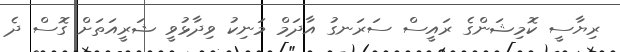
ރިޔާސީ ކޮމިޝަންގެ ރައީސް ސަރަނގު އާދަމް މަނިކު ވިދާޅުވީ ޝަރީއަތަށް ގޮސް ދެ